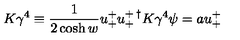
K \gamma ^ { 4 } \equiv \frac { 1 } { 2 \cosh { w } } u _ { + } ^ { + } u _ { + } ^ { + \: \dagger } K \gamma ^ { 4 } \psi = a u _ { + } ^ { + }